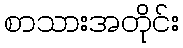
စာသားအတိုင်း